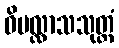
ဝိပလ္လာသသုတ္တံ